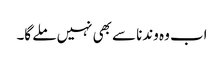
اب وہ وندنا سے بھی نہیں ملے گا۔